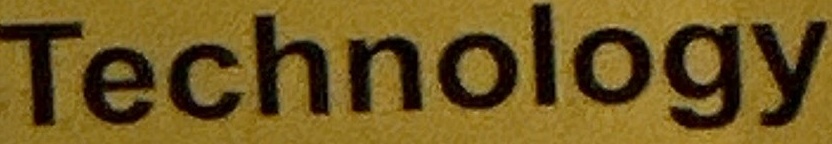
Technology